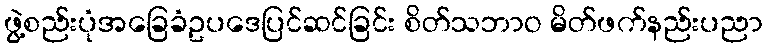
ဖွဲ့စည်းပုံအခြေခံဥပဒေပြင်ဆင်ခြင်း စိတ်သဘာဝ မိတ်ဖက်နည်းပညာ